Document type: Sale
Year: 1423
Scribe: Joan Franc
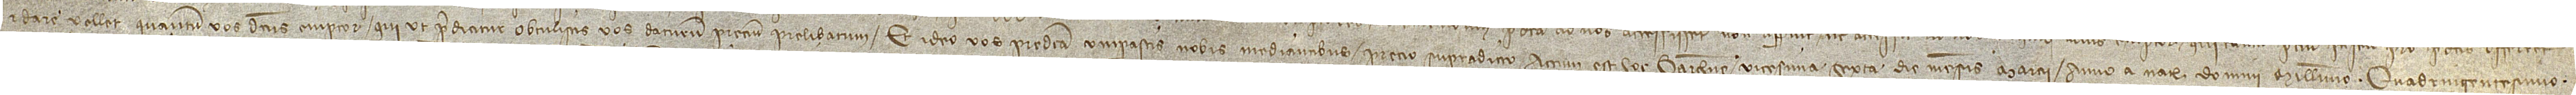
et dare vellet quantum vos dictus emptor, qui ut predicitur obtulistis vos daturum precium prelibatum, et ideo vos predicta comparastis nobis mediantibus precio supradicto.   Actum est hoc Barchinone vicesima sexta die mensis marcii, anno a Nativitate Domini millesimo quadringentesimo